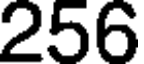
256